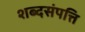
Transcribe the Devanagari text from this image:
शब्दसंपत्ति